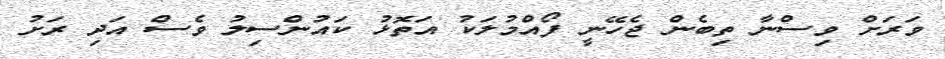
ވަރަށް ވިސްނާ ތިބެން ޖެހޭނީ ފޯއްމުލަކު އަތޮޅު ކައުންސިލު ވެސް އަދި ރަށު